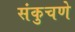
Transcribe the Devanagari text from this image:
संकुचणे